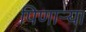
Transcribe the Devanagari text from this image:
पिणाऱ्या